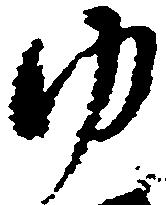
ゆ